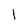
Character: 1